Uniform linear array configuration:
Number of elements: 48
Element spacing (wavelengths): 0.25
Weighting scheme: blackman
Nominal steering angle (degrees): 0
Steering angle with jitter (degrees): -0.5047
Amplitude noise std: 0.05
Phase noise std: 0.05

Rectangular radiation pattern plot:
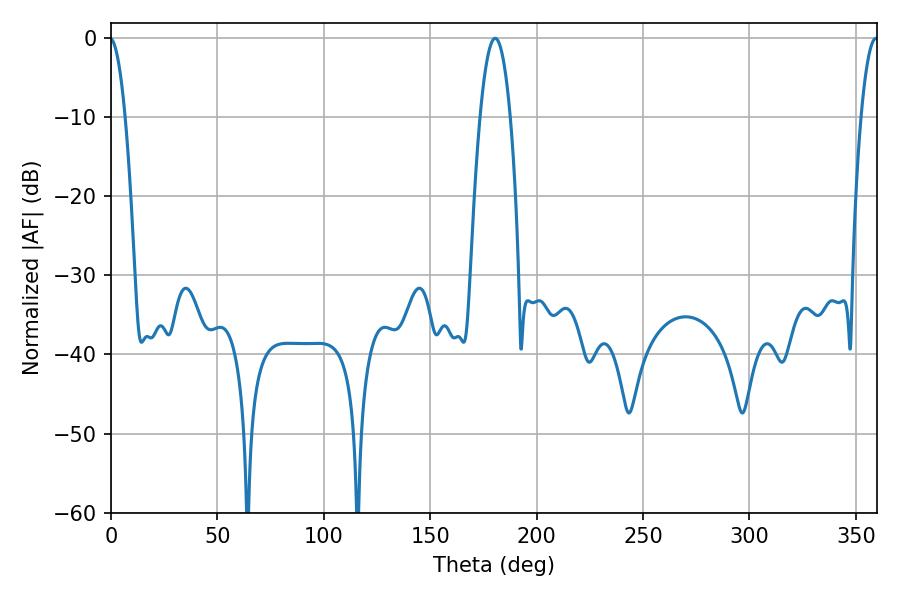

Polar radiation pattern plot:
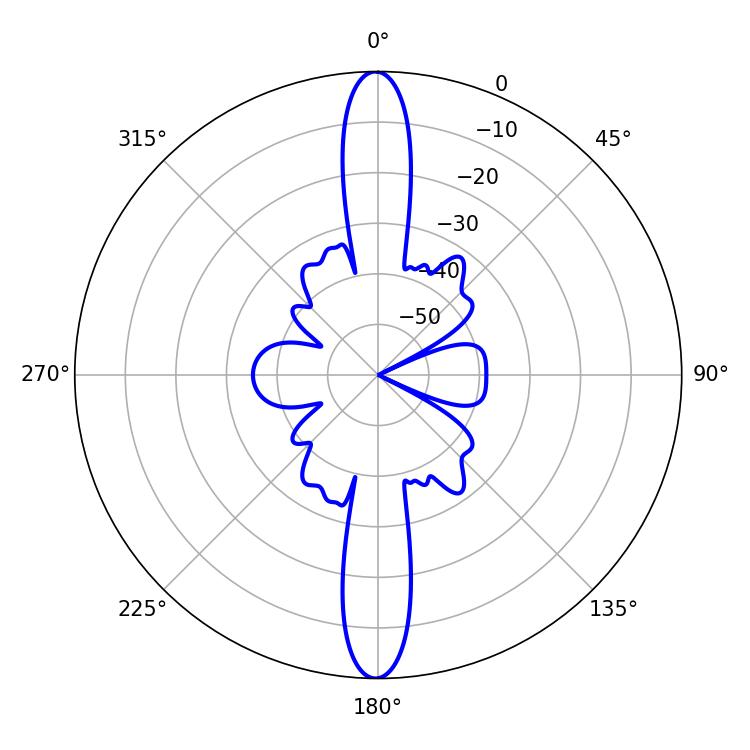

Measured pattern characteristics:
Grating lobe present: FALSE
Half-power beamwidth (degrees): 4.5
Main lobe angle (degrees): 359.46